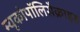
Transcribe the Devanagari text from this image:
म्यूकोपॉलिसैक्राइड